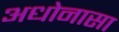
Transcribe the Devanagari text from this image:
अधोनासा